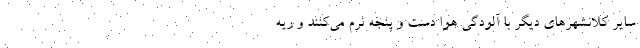
سایر کلانشهر‌های دیگر با آلودگی هوا دست و پنجه نرم می‌کنند و ریه